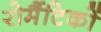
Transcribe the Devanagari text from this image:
रोमैंटिकों